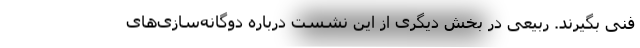
فنی بگیرند. ربیعی در بخش دیگری از این نشست درباره دوگانه‌سازی‌های